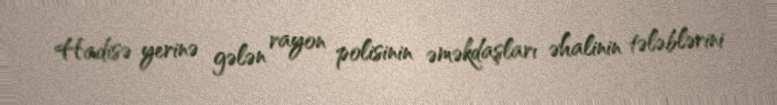
Hadisə yerinə gələn rayon polisinin əməkdaşları əhalinin tələblərini